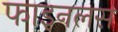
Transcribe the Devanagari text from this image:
फाइनलस